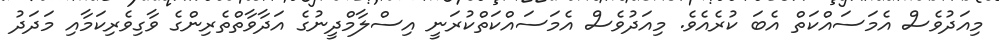
މިއަދުވެސް އެމަސައްކަތް އެބަ ކުރެއެވެ. މިއަދުވެސް އެމަސައްކަތްކުރަނީ އިސްލާމްދީނުގެ އަދާވާތްތެރިންގެ ވާގިވެރިކަމާއި މަދަދު